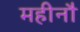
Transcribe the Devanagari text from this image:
महीनौ